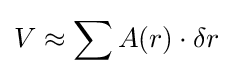
V\approx \sum A(r)\cdot \delta r